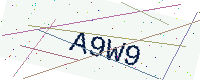
Text: A9W9